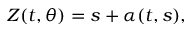
Z ( t , \theta ) = s + \alpha ( t , s ) ,